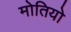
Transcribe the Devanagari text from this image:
मोतियो